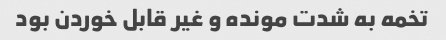
تخمه به شدت مونده و غیر قابل خوردن بود